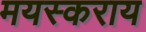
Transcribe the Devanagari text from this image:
मयस्कराय